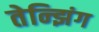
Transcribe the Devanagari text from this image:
तेन्झिंग